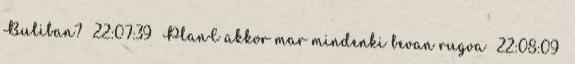
Buliban? 22:07:39 PlanC akkor mar mindenki bevan rugva 22:08:09